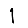
Digit: 1